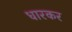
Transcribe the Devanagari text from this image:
धारकर